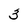
Character: 3